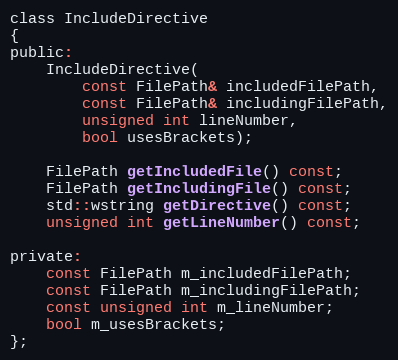
Language: C
class IncludeDirective
{
public:
	IncludeDirective(
		const FilePath& includedFilePath,
		const FilePath& includingFilePath,
		unsigned int lineNumber,
		bool usesBrackets);

	FilePath getIncludedFile() const;
	FilePath getIncludingFile() const;
	std::wstring getDirective() const;
	unsigned int getLineNumber() const;

private:
	const FilePath m_includedFilePath;
	const FilePath m_includingFilePath;
	const unsigned int m_lineNumber;
	bool m_usesBrackets;
};